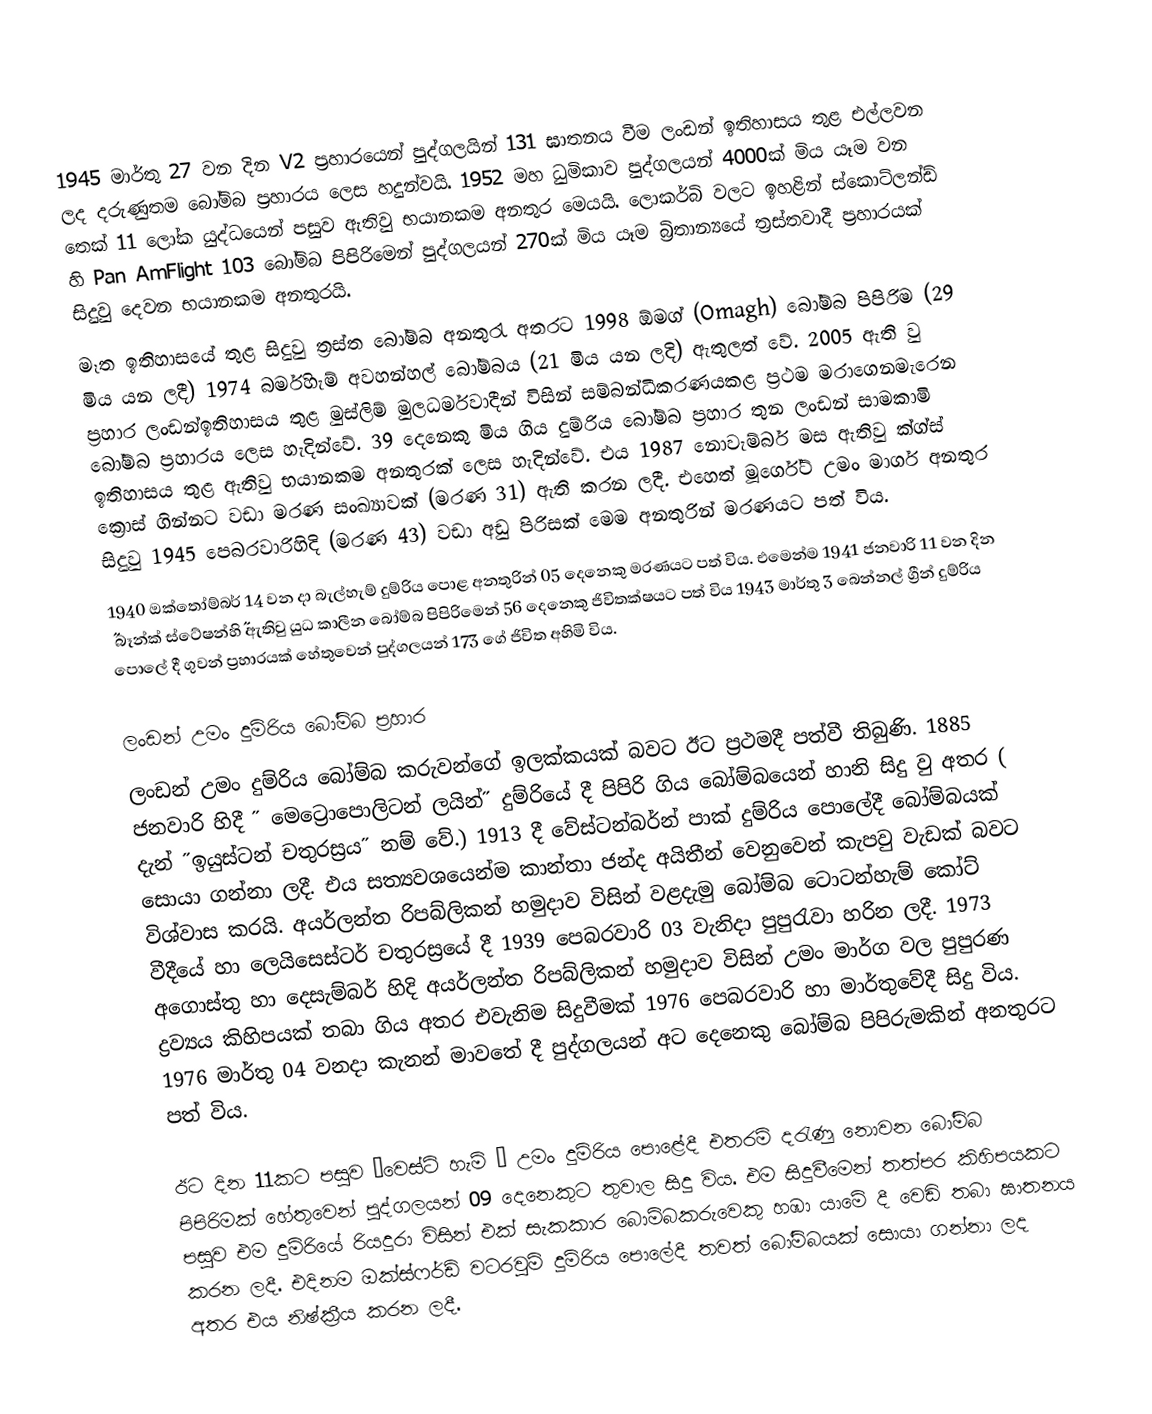
1945 මාර්තු 27 වන දින  V2 ප්‍රහාරයෙන් පුද්ගලයින් 131 ඝාතනය වීම ලංඩන් ඉතිහාසය තුළ එල්ලවන ලද දරුණුතම බෝම්බ ප්‍රහාරය ලෙස හදුන්වයි. 1952  මහ ධුමිකාව පුද්ගලයන් 4000ක් මිය යෑම වන තෙක් 11 ලෝක යුද්ධයෙන් පසුව ඇතිවු භයානකම අනතුර මෙයයි. ලොකර්බි වලට ඉහළින් ස්කොට්ලන්ඩ් හි Pan AmFlight  103 බෝම්බ පිපිරිමෙන් පුද්ගලයන් 270ක් මිය යෑම බ්‍රිතාන්‍යයේ ත්‍රස්තවාදී ප්‍රහාරයක් සිදුවු දෙවන භයානකම අනතුරයි.
මෑත ඉතිහාසයේ තුළ සිදුවු ත්‍රස්ත බෝම්බ අනතුරැ අතරට 1998 ඕමග් (Omagh) බෝම්බ පිපිරිම (29 මිය යන ලදී) 1974 බර්මිහැම් අවහන්හල් බෝම්බය (21 මිය යන ලදි) ඇතුලත් වේ. 2005 ඇති වු ප්‍රහාර ලංඩන්ඉතිහාසය තුළ මුස්ලිම් මුලධර්මවාදීන් විසින් සම්බන්ධීකරණයකළ ප්‍රථම මරාගෙනමැරෙන බෝම්බ ප්‍රහාරය ලෙස හැදින්වේ. 39 දෙනෙකු මිය ගිය දුම්රිය බෝම්බ ප්‍රහාර තුන ලංඩන් සාමකාමි ඉතිහාසය තුළ ඇතිවු භයානකම අනතුරක් ලෙස හැදින්වේ. එය 1987 නොවැම්බර් මස ඇතිවු ක්ග්ස් ක්‍රොස් ගින්නට වඩා මරණ සංඛ්‍යාවක් (මරණ 31) ඇති කරන ලදී. එහෙත් මූර්ගේට් උමං මාර්ග අනතුර සිදුවු 1945 පෙබරවාරි‍හිදි (මරණ 43) වඩා අඩු පිරිසක් මෙම අනතුරින් මරණයට පත් විය.
1940 ඔක්තෝම්බර් 14 වන දා බැල්හැම් දුම්රිය පොළ  අනතුරින් 05 දෙනෙකු මරණයට පත් විය. එමෙන්ම 1941 ජනවාරි 11 වන දින ˝ බෑන්ක් ස්ටේෂන්හි˝ ඇතිවු යුධ කාලීන බෝම්බ පිපිරිමෙන් 56 දෙනෙකු ජිවිතක්ෂයට පත් විය 1943 මාර්තු 3 බෙන්නල් ග්‍රීන් දුම්රිය පොලේ දී ගුවන් ප්‍රහාරයක් හේතුවෙන් පුද්ගලයන් 173 ගේ ජිවිත අහිමි විය.

ලංඩන් උමං දුම්රිය බෝම්බ ප්‍රහාර
ලංඩන් උමං දුම්රිය බෝම්බ කරුවන්ගේ ඉලක්කයක් බවට ඊට ප්‍රථමදී පත්වී තිබුණි. 1885 ජනවාරි හිදී ˝ මෙට්‍රොපොලිටන් ලයින්˝ දුම්රියේ දී පිපිරි ගිය බෝම්බයෙන් හානි සිදු වු අතර ( දැන් ˝ඉයුස්ටන් චතුරස්‍රය˝ නම් වේ.) 1913 දී වේස්ටන්බර්න් පාක් දුම්රිය පොලේදී බෝම්බයක් සොයා ගන්නා ලදී. එය සත්‍යවශයෙන්ම කාන්තා ජන්ද අයිතීන් වෙනුවෙන් කැපවු වැඩක් බවට විශ්වාස කරයි. අයර්ලන්ත රිපබ්ලිකන් හමුදාව විසින් වළදැමු බෝම්බ ටොටන්හැම් කෝට් වීදීයේ හා ලෙයිසෙස්ටර් චතුරස්‍රයේ දී 1939 පෙබරවාරි 03 වැනිදා පුපුරැවා හරින ලදී. 1973 අගොස්තු හා දෙසැම්බර් හිදි අයර්ලන්ත රිපබ්ලිකන් හමුදාව විසින් උමං මාර්ග වල පුපුරණ ද්‍රව්‍යය කිහිපයක් තබා ගිය අතර එවැනිම සිදුවීමක් 1976 පෙබරවාරි හා මාර්තුවේදී සිදු විය. 1976 මාර්තු 04 වනදා කැනන් මාවතේ දී පුද්ගලයන් අට දෙනෙකු බෝම්බ පිපිරුමකින් අනතුරට පත් විය.

ඊට දින 11කට පසුව ˝වෙස්ට් හැම් ˝ උමං දුම්රිය පොළේදී එතරම් දරැණු නොවන බෝම්බ පිපිරිමක් හේතුවෙන් පුද්ගලයන් 09 දෙනෙකුට තුවාල සිදු විය. එම සිදුවීමෙන් තත්පර කිහිපයකට පසුව එම දුම්රියේ රියදුරා විසින් එක් සැකකාර බොම්බකරුවෙකු හඹා යාමේ දී වෙඩි තබා ඝාතනය කරන ලදී.  එදිනම ඔක්ස්ෆර්ඩ් වටරවුම් දුම්රිය පොලේදී තවත් බෝම්බයක් සොයා ගන්නා ලද අතර එය නිෂ්ක්‍රීය කරන ලදී.